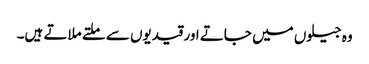
وہ جیلوں میں جاتے اور قیدیوں سے ملتے ملاتے ہیں۔